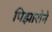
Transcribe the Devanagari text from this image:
पिझारोने